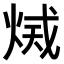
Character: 𤉫